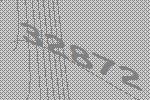
32872